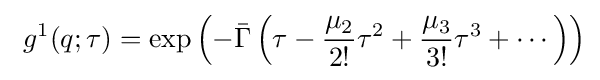
\ g^{1}(q;\tau )=\exp \left(-{\bar {\Gamma }}\left(\tau -{\frac {\mu _{2}}{2!}}\tau ^{2}+{\frac {\mu _{3}}{3!}}\tau ^{3}+\cdots \right)\right)